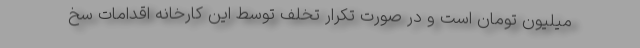
میلیون تومان است و در صورت تکرار تخلف توسط این کارخانه اقدامات سخ